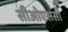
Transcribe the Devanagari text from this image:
सीओएससी